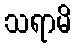
သရာမိ